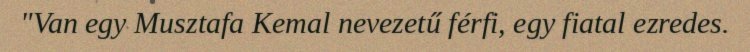
"Van egy Musztafa Kemal nevezetű férfi, egy fiatal ezredes.